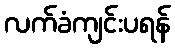
လက်ခံကျင်းပရန်